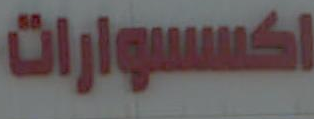
اكسسوارات